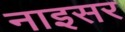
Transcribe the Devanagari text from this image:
नाइसर